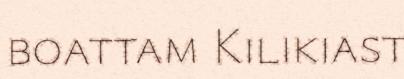
boattam Kilikiast